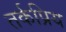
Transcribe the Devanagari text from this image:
तर्कप्रिय